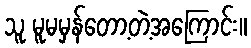
သူ မူမမှန်တော့တဲ့အကြောင်း။